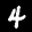
Label: 4